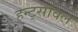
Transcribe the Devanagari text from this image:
हन्ट्सविल